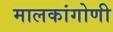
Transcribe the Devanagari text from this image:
मालकांगोणी